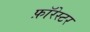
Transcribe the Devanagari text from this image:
फ़ॉरेस्टर